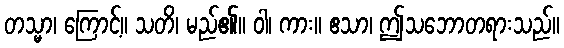
တသ္မာ၊ ကြောင့်။ သတိ၊ မည်၏။ ဝါ၊ ကား။ ဧသာ၊ ဤသဘောတရားသည်။